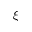
\xi